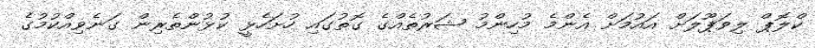
ކްލޮޕް ލިވަޕޫލަށް އައުމަށް އެންމެ މުހިންމު ޝަރުތެއްގެ ގޮތުގައި ހުށަހެޅީ ކުޅުންތެރިން ގަނެވިއްކުމުގެ